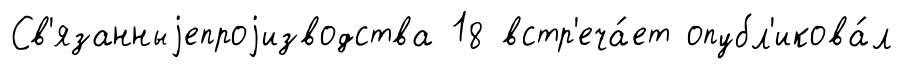
Св'язанныjепроjизводства 18 встр'еча́ет опубл'икова́л